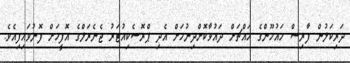
ދަރިކަލުން ފާރިސް މައުމޫންގެ މަައްޗަށް ދައުވާކޮށްދިނުމަށް އެދި ޕްރޮސެކިއުޓަރު ޖެނެރަލްގެ އޮފީހަށް ފޮނުވައިފިއެވެ.